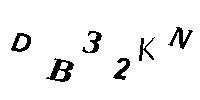
DB32KN